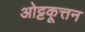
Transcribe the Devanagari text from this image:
ओट्टकूत्तन